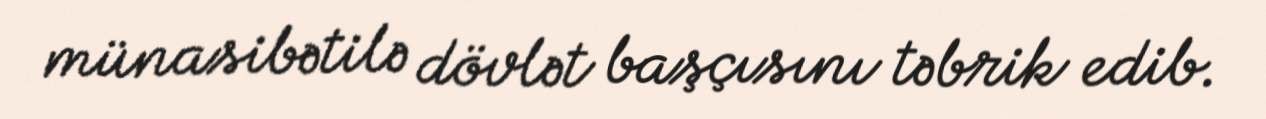
münasibətilə dövlət başçısını təbrik edib.